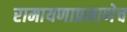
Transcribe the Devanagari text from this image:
रामायणाप्रमाणेच